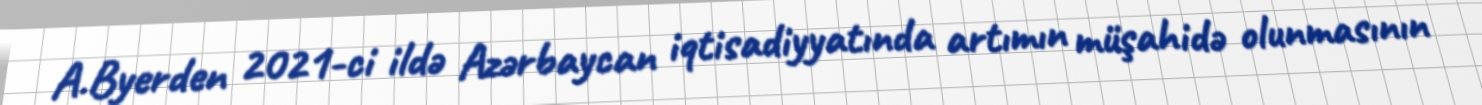
A.Byerden 2021-ci ildə Azərbaycan iqtisadiyyatında artımın müşahidə olunmasının